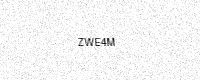
Text: ZWE4M